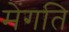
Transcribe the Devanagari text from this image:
मेंगति